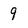
Character: 9